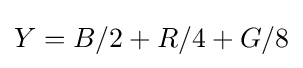
Y=B/2+R/4+G/8